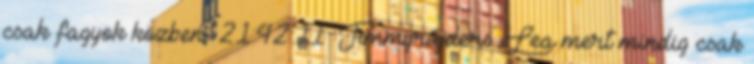
csak fagyok közben 21:42:11 Jimmyrájders Lea mert mindig csak